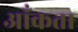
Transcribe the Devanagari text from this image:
आँकता